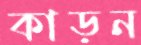
কাড়ন